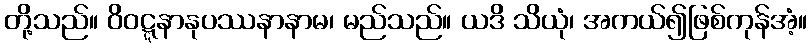
တို့သည်။ ဝိဝဋ္ဋနာနုပဿနာနာမ၊ မည်သည်။ ယဒိ သိယုံ၊ အကယ်၍ဖြစ်ကုန်အံ့။